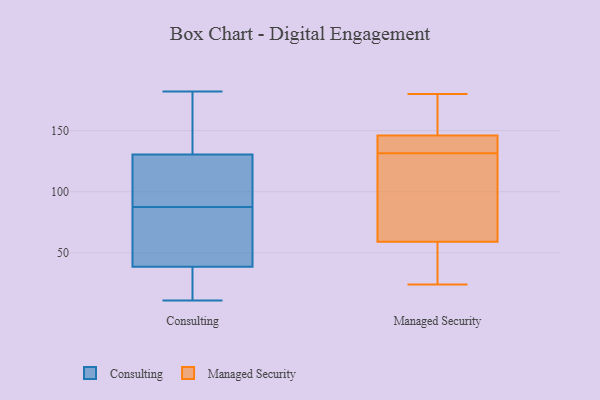
{"axis": {"x": "Humidity (%)", "y": "Value"}, "legend": ["Consulting", "Managed Security"], "data": [{"x": "", "y": 175, "type": "Consulting"}, {"x": "", "y": 47, "type": "Consulting"}, {"x": "", "y": 60, "type": "Consulting"}, {"x": "", "y": 15, "type": "Consulting"}, {"x": "", "y": 50, "type": "Consulting"}, {"x": "", "y": 94, "type": "Consulting"}, {"x": "", "y": 100, "type": "Consulting"}, {"x": "", "y": 30, "type": "Consulting"}, {"x": "", "y": 182, "type": "Consulting"}, {"x": "", "y": 11, "type": "Consulting"}, {"x": "", "y": 165, "type": "Consulting"}, {"x": "", "y": 24, "type": "Consulting"}, {"x": "", "y": 161, "type": "Consulting"}, {"x": "", "y": 81, "type": "Consulting"}, {"x": "", "y": 100, "type": "Consulting"}, {"x": "", "y": 97, "type": "Consulting"}, {"x": "", "y": 140, "type": "Managed Security"}, {"x": "", "y": 161, "type": "Managed Security"}, {"x": "", "y": 137, "type": "Managed Security"}, {"x": "", "y": 44, "type": "Managed Security"}, {"x": "", "y": 126, "type": "Managed Security"}, {"x": "", "y": 120, "type": "Managed Security"}, {"x": "", "y": 121, "type": "Managed Security"}, {"x": "", "y": 157, "type": "Managed Security"}, {"x": "", "y": 141, "type": "Managed Security"}, {"x": "", "y": 146, "type": "Managed Security"}, {"x": "", "y": 180, "type": "Managed Security"}, {"x": "", "y": 55, "type": "Managed Security"}, {"x": "", "y": 59, "type": "Managed Security"}, {"x": "", "y": 24, "type": "Managed Security"}]}